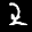
Label: 2